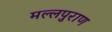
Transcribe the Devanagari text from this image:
मल्लपुराण